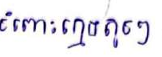
ចំពោះក្មេងតូចៗ